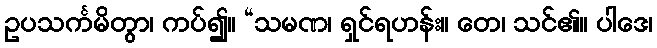
ဥပသင်္ကမိတွာ၊ ကပ်၍။ “သမဏ၊ ရှင်ရဟန်း။ တေ၊ သင်၏။ ပါဒေ၊